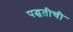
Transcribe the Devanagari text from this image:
पद्घतीची